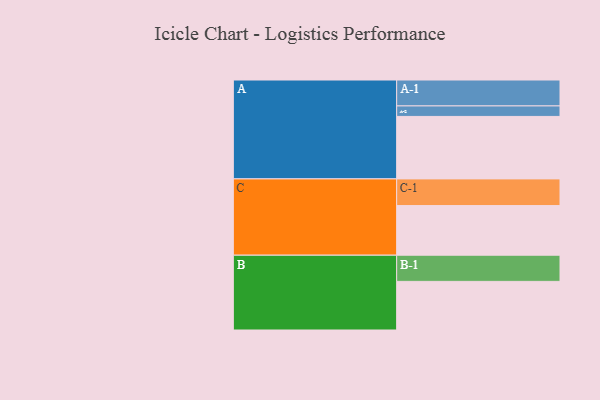
{"axis": {"x": "Segment", "y": "Value"}, "legend": ["", "A", "B", "C"], "data": [{"x": "A", "y": 487, "type": ""}, {"x": "B", "y": 379, "type": ""}, {"x": "C", "y": 387, "type": ""}, {"x": "A-1", "y": 202, "type": "A"}, {"x": "A-2", "y": 82, "type": "A"}, {"x": "B-1", "y": 204, "type": "B"}, {"x": "C-1", "y": 208, "type": "C"}]}